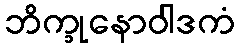
ဘိက္ခုနောဝါဒကံ